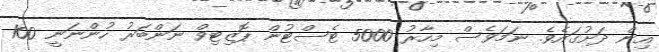
އިން ދަށުގައެވެ. ނަމަވެސް މިހާރު 5000 ޓެސްޓުން ޕޮޒިޓިވް ނަންބަރު ހުންނަނީ 100